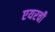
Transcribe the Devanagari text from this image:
एयरची